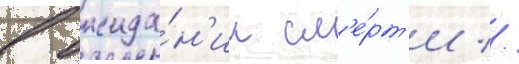
в ожида́н'ии см'е́рт'и //